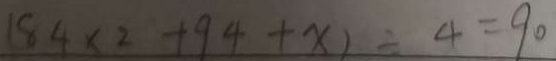
1 8 4 x ^ { 2 } + 9 4 + x ) = 4 = 9 0